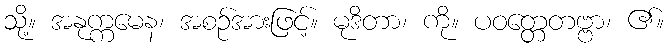
သို့။ အနုက္ကမေန၊ အစဉ်အားဖြင့်။ မုဒိတာ၊ ကို။ ပဝတ္တေတဗ္ဗာ၊ ၏။